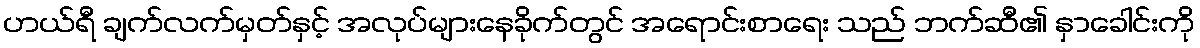
ဟယ်ရီ ချက်လက်မှတ်နှင့် အလုပ်များနေခိုက်တွင် အရောင်းစာရေး သည် ဘက်ဆီ၏ နှာခေါင်းကို